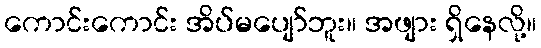
ကောင်းကောင်း အိပ်မပျော်ဘူး။ အဖျား ရှိနေလို့။